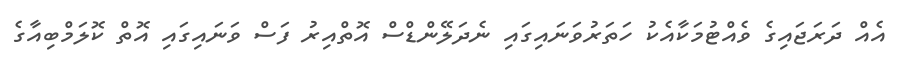
އެއް ދަރަޖައިގެ ވެއްޓުމަކާއެކު ހަތަރުވަނައިގައި ނެދަލޭންޑްސް އޮތްއިރު ފަސް ވަނައިގައި އޮތް ކޮލަމްބިއާގެ